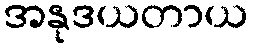
အနုဒယတာယ